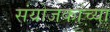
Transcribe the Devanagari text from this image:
संयोजकांच्या